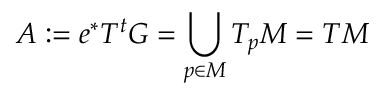
A : = e ^ { * } T ^ { t } G = \bigcup _ { p \in M } T _ { p } M = T M